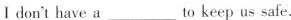
I don't have a ___ to keep us safe.